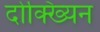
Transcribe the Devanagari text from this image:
दोक्ख्यिन